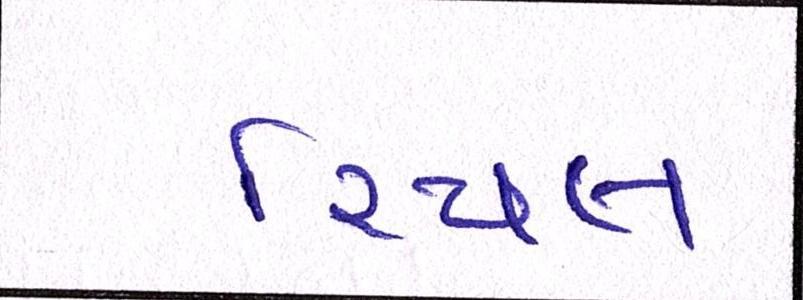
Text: રિયલ